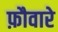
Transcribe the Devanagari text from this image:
फ़ौवारे